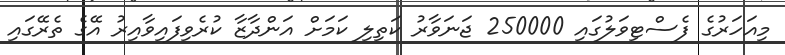
މިއަހަރުގެ ފެސްޓިވަލުގައި 250000 ޖަނަވާރު ކަތިލި ކަމަށް އަންދާޒާ ކުރެވިފައިވާއިރު އޭގެ ތެރޭގައި